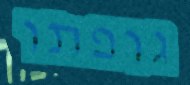
גופתו